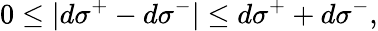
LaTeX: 0\leq|d\sigma^{+}-d\sigma^{-}|\leq d\sigma^{+}+d\sigma^{-},